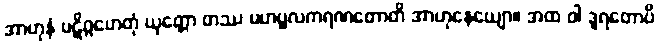
အာဟုနံ ပဋိဂ္ဂဟေတုံ ယုတ္တော တဿ မဟပ္ဖလကရဏတောတိ အာဟုနေယျော။ အထ ဝါ ဒူရတောပိ